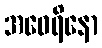
အဝေရိနော